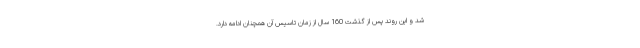
شد و این روند پس از گذشت 160 سال از زمان تاسیس آن همچنان ادامه دارد.